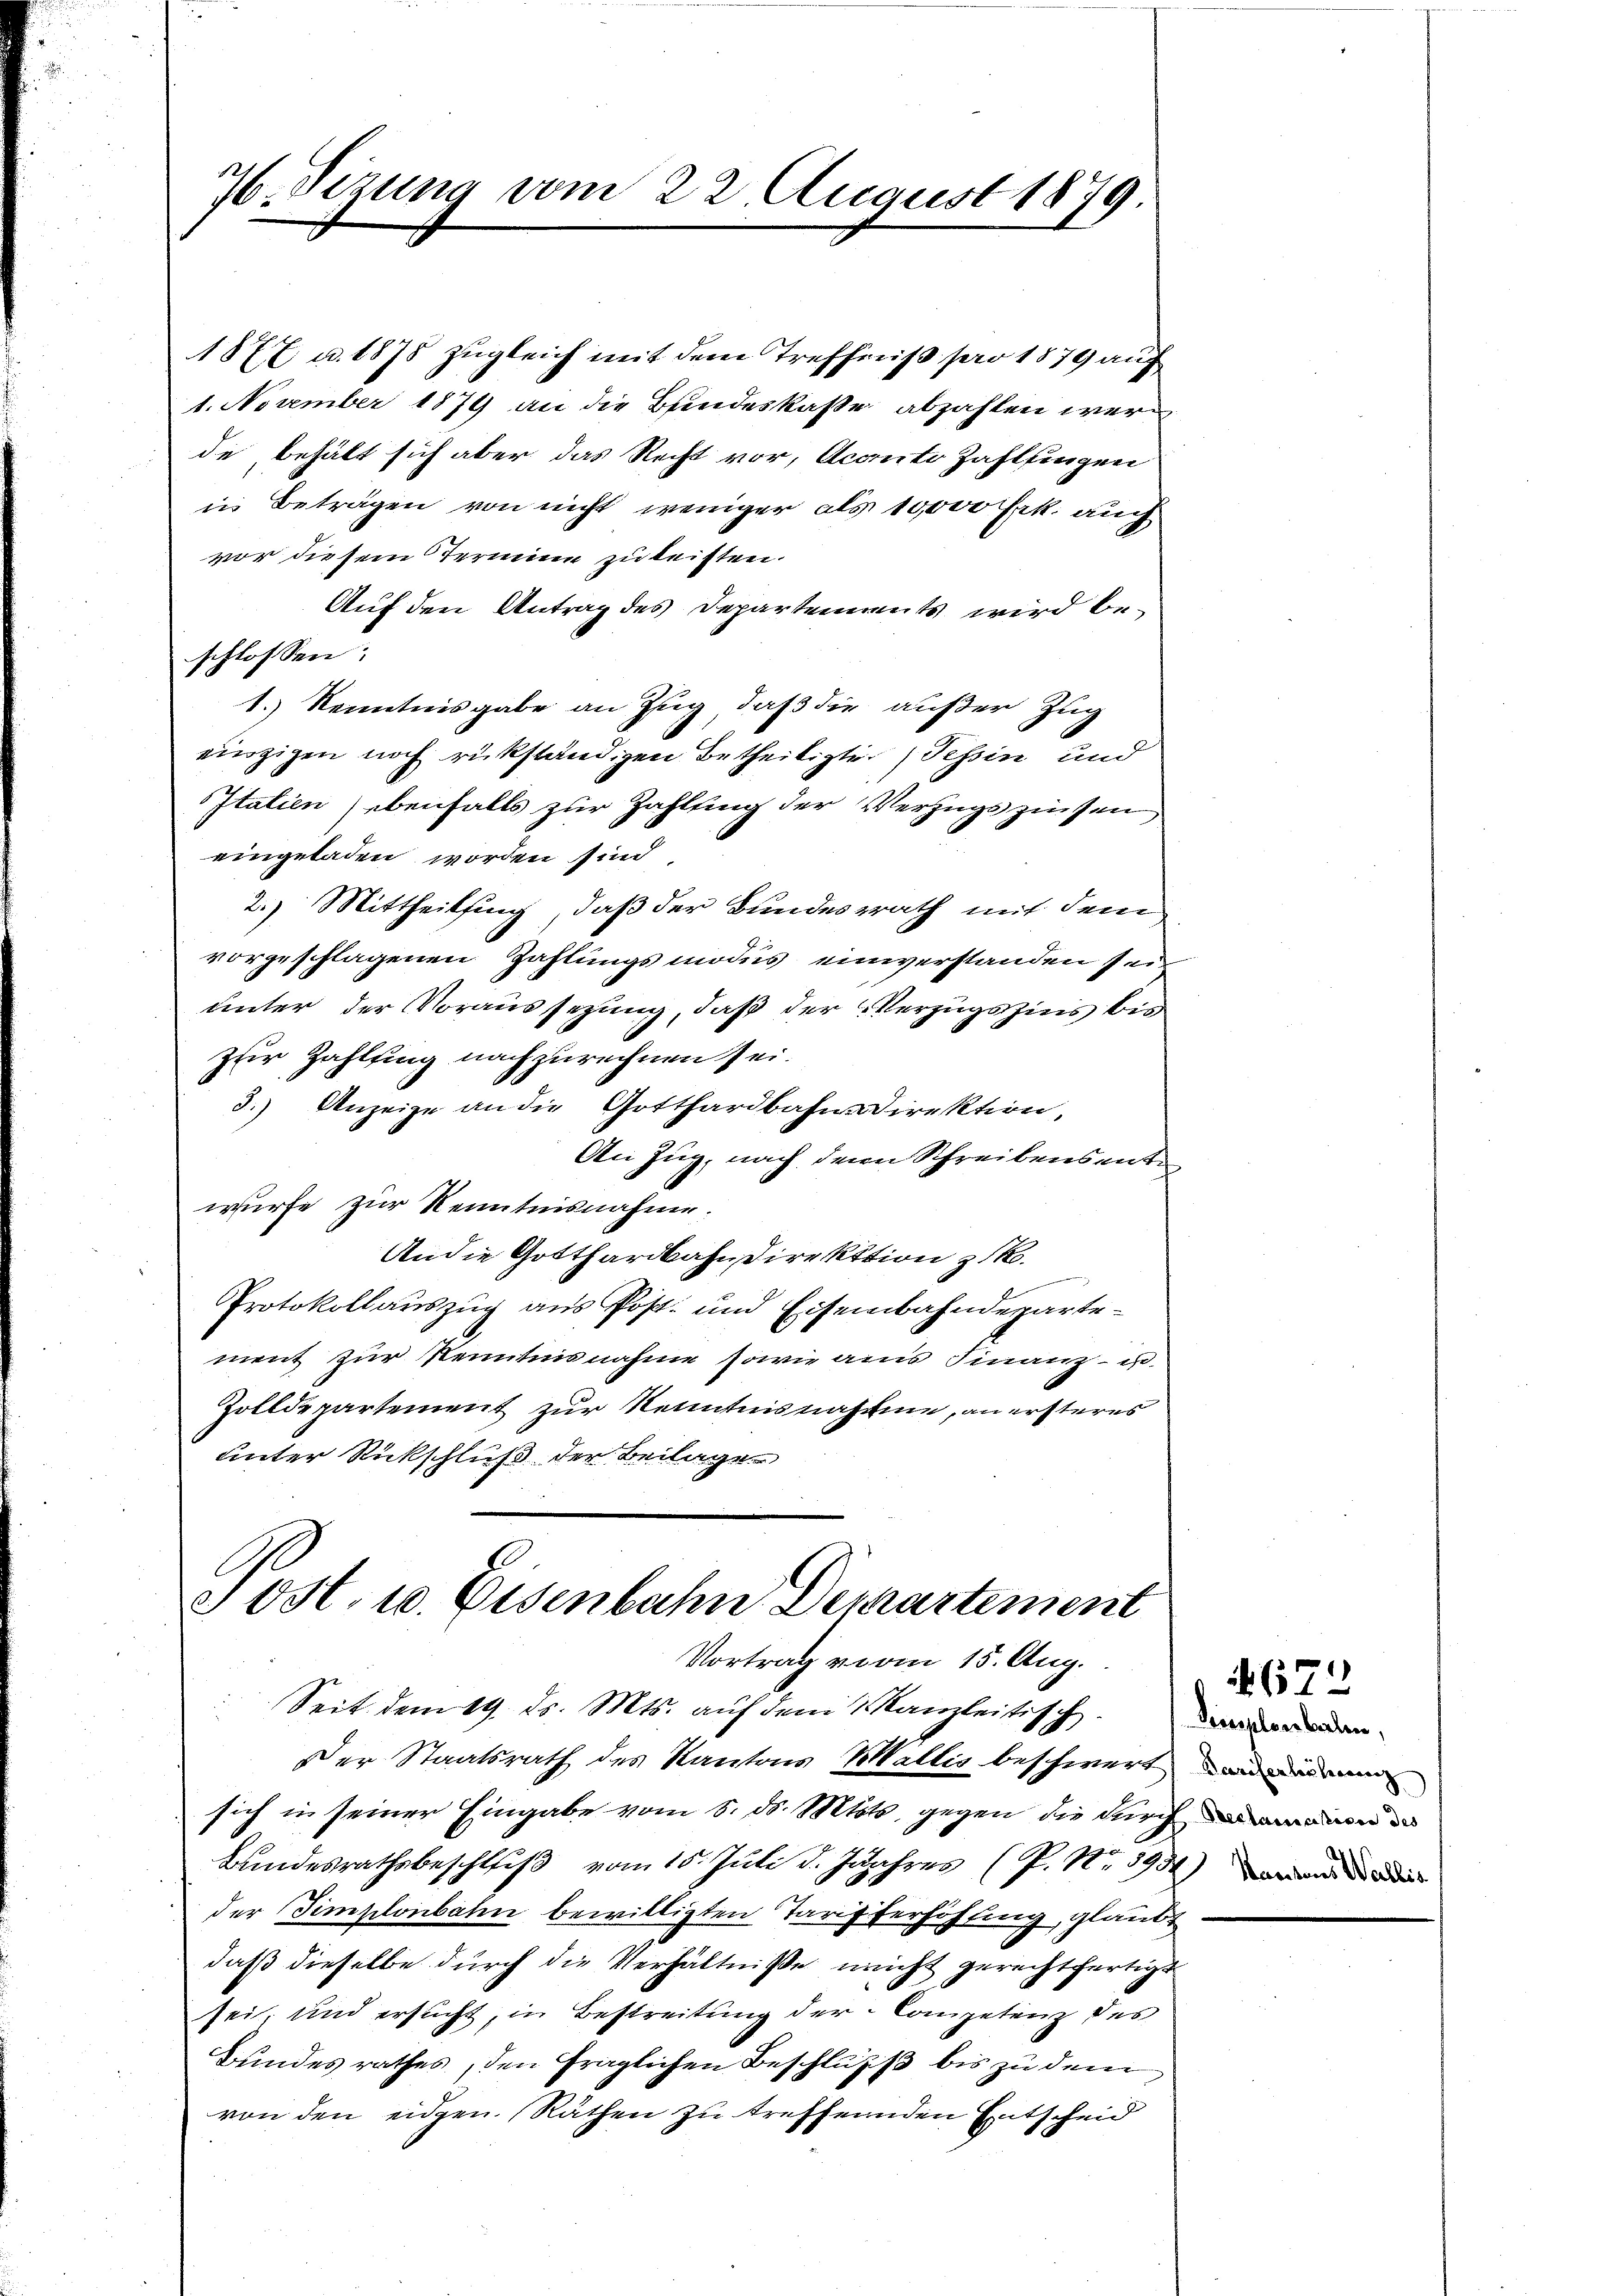
76. Sizung vom 22. August 1879

1877 u. 1878 zugleich mit dem Treffniß pro 1879 auf
1. November 1879 an die Bundeskasse abzahlen werde behält sich aber das Recht vor, Aconito Zahlfingen
in Beträgen von nicht weniger als 10,000 Frk. auch
vor diesem Termine zu leisten.
Auf den Antrag des Departements wird be-
schlossen:
1.) Kenntnisgabe an Zug, daß die außer Zug
einzigen noch rükständigen Betheiligte (Tessin und
Italien ebenfalls zur Zahlung der Verzugszinsen
eingeladen worden sind,
2.) Mittheilung, daß der Bundesrath mit dem
vorgeschlagenen Zahlungsmodus einerstanden sein
unter der Voraussezung, daß der Verzugszins bis
zur Zahlung nachzurechnen sei.
3.) Anzeige an die Gotthardbahndirektion,
An Zug, nach denn Schreibens entwürfe zur Kenntnisnahme.
An die Gotthardbahndirektion zuk
Protokollauszug aus Post- und Eisenbahndepartement zur Kenntnisnahme sowie aus Finanz- u.
Zolldepartement zur Kenntnisnahme, an ersteres
unter Rückschluß der Beilage

ost. 10. Eisenbahn Dechartement
Vortrag vom 15. Aug.
Seit dem 19. ds. Mts. auf dem Kanzleitisch

Der Staatsrath des Kantons Wallis beschwert anden
sich in seiner Eingabe vom 6. ds. Mtsts, gegen die durchan
Bundesrathsbeschluß vom 15. Juli d. Jahres (P. Nr. 1934)
der Simplonbahn bewilligten Tarifferhöhling, glaubt
daß dieselbe durch die Verhältniße nicht gerechtfertigt
sei, und ersucht, in Bestreitung der Competenz des
Bundes rathes, den fraglichen Beschluss bis zu dem
von den eidgen. Räthen zu treffenden Entscheid

Deieploerbalen,

672